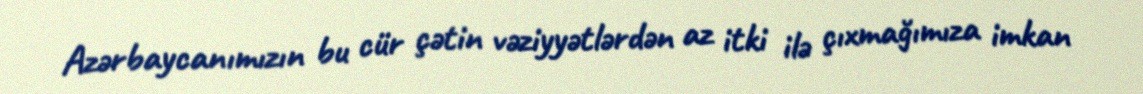
Azərbaycanımızın bu cür çətin vəziyyətlərdən az itki ilə çıxmağımıza imkan